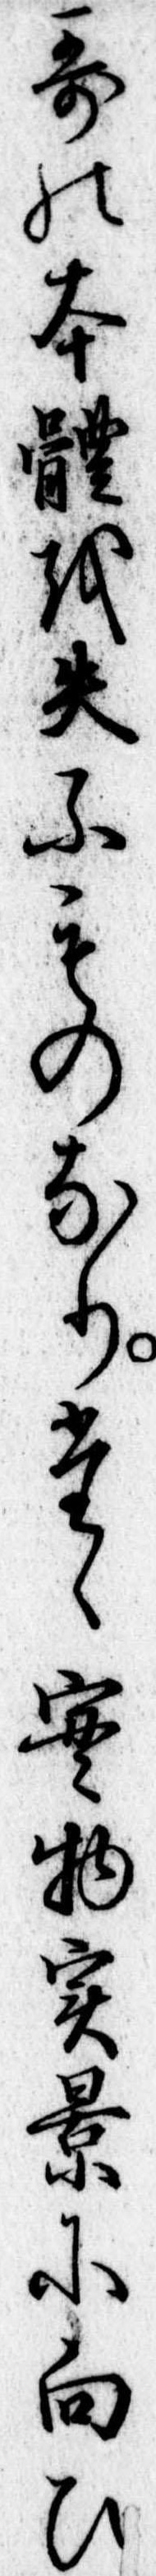
歌の本体を失ふものなりたゝ実物実景に向ひ